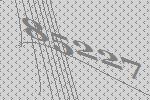
85227